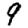
Digit: 9